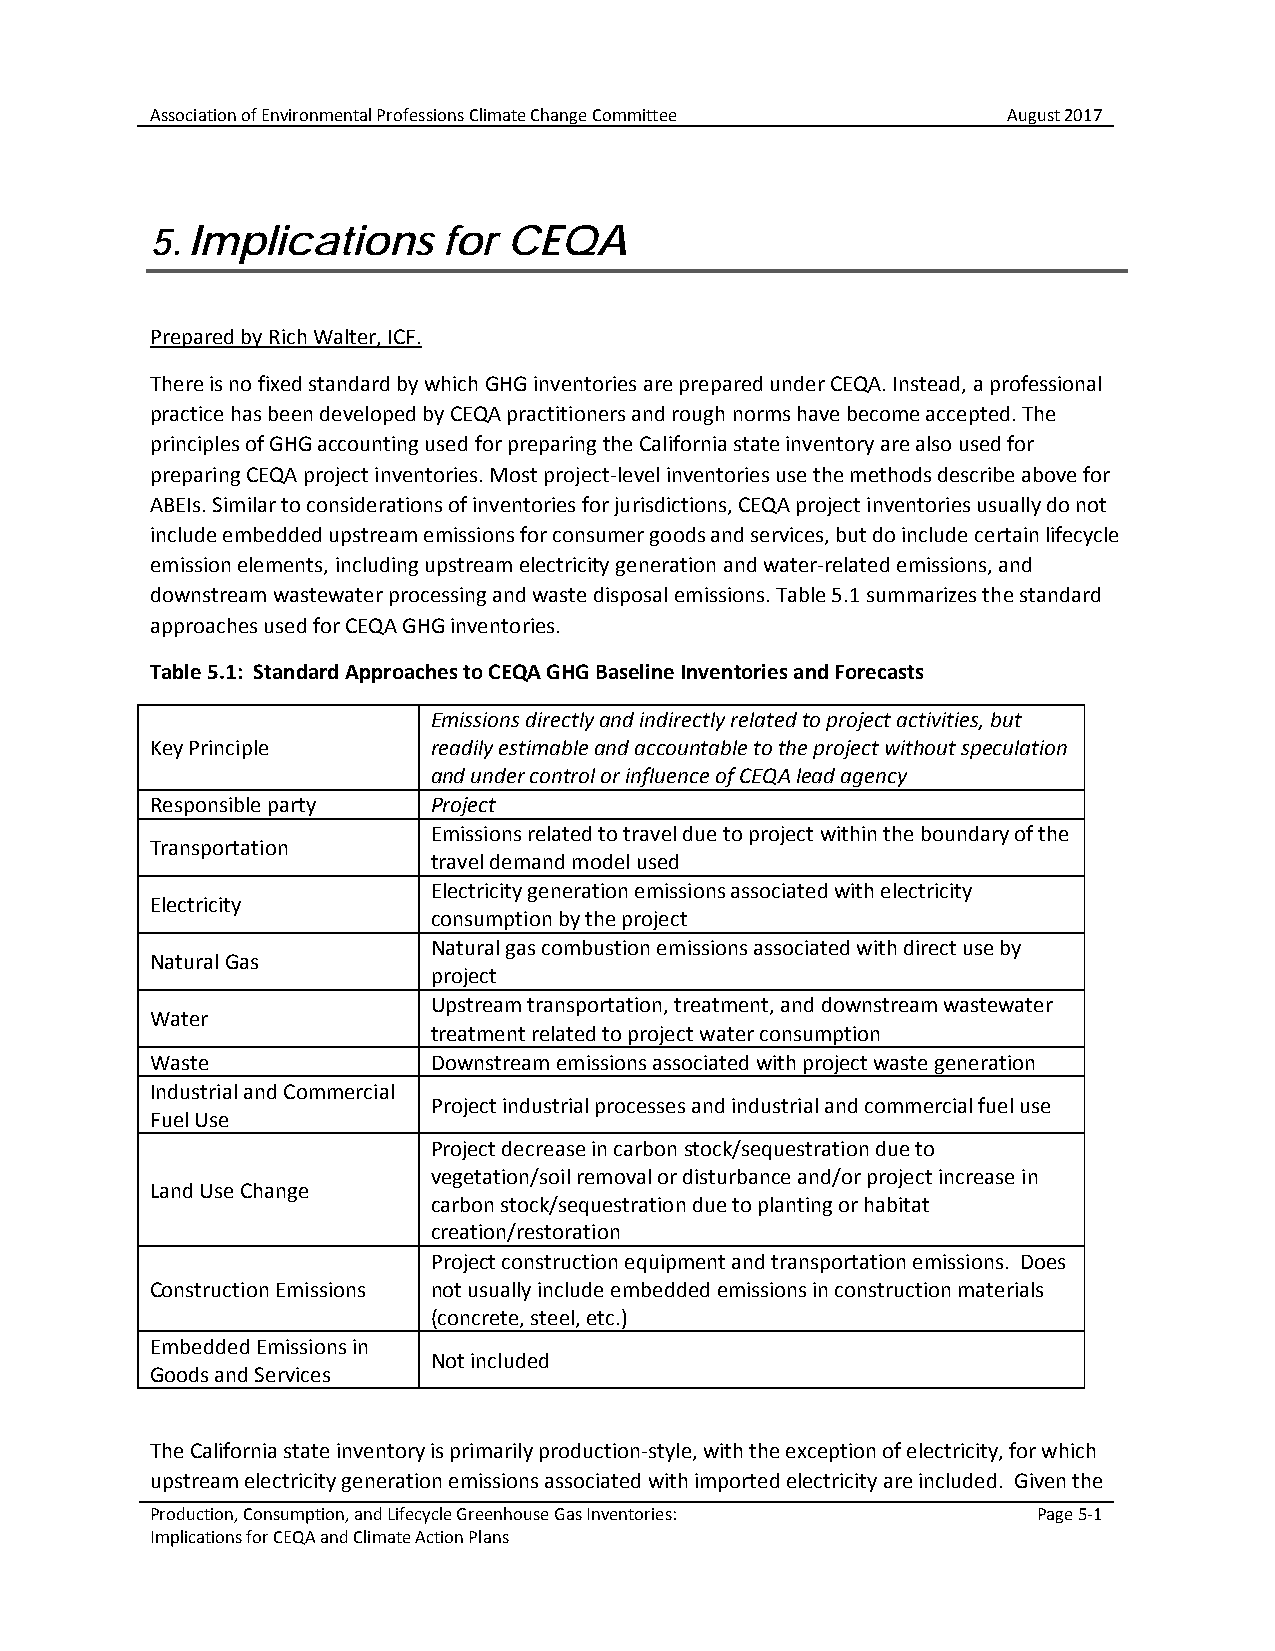
Association of Environmental Professions Climate Change Committee August 2017
 5. Implications    for  CEQA
 Prepared by Rich Walter, ICF.
 There is no fixed standard by which GHG inventories are prepared under CEQA. Instead, a professional
 practice has been developed by CEQA practitioners and rough norms have become accepted. The
 principles of GHG accounting used for preparing the California state inventory are also used for
 preparing CEQA project inventories. Most project-level inventories use the methods describe above for
 ABEIs. Similar to considerations of inventories for jurisdictions, CEQA project inventories usually do not
 include embedded upstream emissions for consumer goods and services, but do include certain lifecycle
 emission elements, including upstream electricity generation and water-related emissions, and
 downstream wastewater processing and waste disposal emissions. Table 5.1 summarizes the standard
 approaches used for CEQA GHG inventories.
 Table 5.1: Standard Approaches to CEQA GHG Baseline Inventories and Forecasts
 Emissions directly and indirectly related to project activities, but
 Key Principle      readily estimable and accountable to the project without speculation
 and under control or influence of CEQA lead agency
 Responsible party  Project
 Emissions related to travel due to project within the boundary of the
 Transportation
 travel demand model used
 Electricity generation emissions associated with electricity
 Electricity
 consumption by the project
 Natural gas combustion emissions associated with direct use by
 Natural Gas
 project
 Upstream transportation, treatment, and downstream wastewater
 Water
 treatment related to project water consumption
 Waste              Downstream emissions associated with project waste generation
 Industrial and Commercial
 Project industrial processes and industrial and commercial fuel use
 Fuel Use
 Project decrease in carbon stock/sequestration due to
 vegetation/soil removal or disturbance and/or project increase in
 Land Use Change
 carbon stock/sequestration due to planting or habitat
 creation/restoration
 Project construction equipment and transportation emissions. Does
 Construction Emissions not usually include embedded emissions in construction materials
 (concrete, steel, etc.)
 Embedded Emissions in
 Not included
 Goods and Services
 The California state inventory is primarily production-style, with the exception of electricity, for which
 upstream electricity generation emissions associated with imported electricity are included. Given the
 Production, Consumption, and Lifecycle Greenhouse Gas Inventories: Page 5-1
 Implications for CEQA and Climate Action Plans